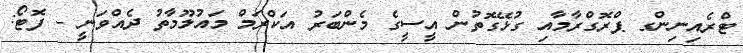
ޓްރެއިނިންގ ޕްރޮގްރާމާއި ގުޅޭގޮތުން އީސީގެ މެންބަރު އަކްރަމް މައުލޫމާތު ދެއްވަނީ - ފޮޓޯ: